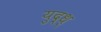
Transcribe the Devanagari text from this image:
युद्ध्